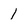
Character: 1